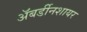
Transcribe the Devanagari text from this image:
अॅबर्डीनशायर